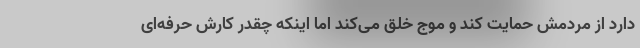
دارد از مردمش حمایت کند و موج خلق می‌کند اما اینکه چقدر کارش حرفه‌ای